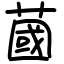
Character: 蔮